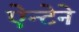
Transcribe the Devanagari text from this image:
ऐन्टेने